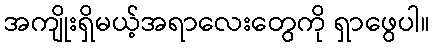
အကျိုးရှိမယ့်အရာလေးတွေကို ရှာဖွေပါ။